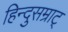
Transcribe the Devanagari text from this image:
हिन्दुसम्राट्